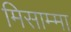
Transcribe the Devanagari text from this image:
मिसाम्मा